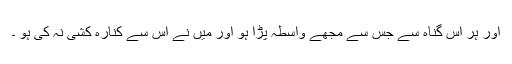
اور ہر اس گناہ سے جس سے مجھے واسطہ پڑا ہو اور میں نے اس سے کنارہ کشی نہ کی ہو ۔